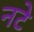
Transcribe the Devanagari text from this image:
नटे